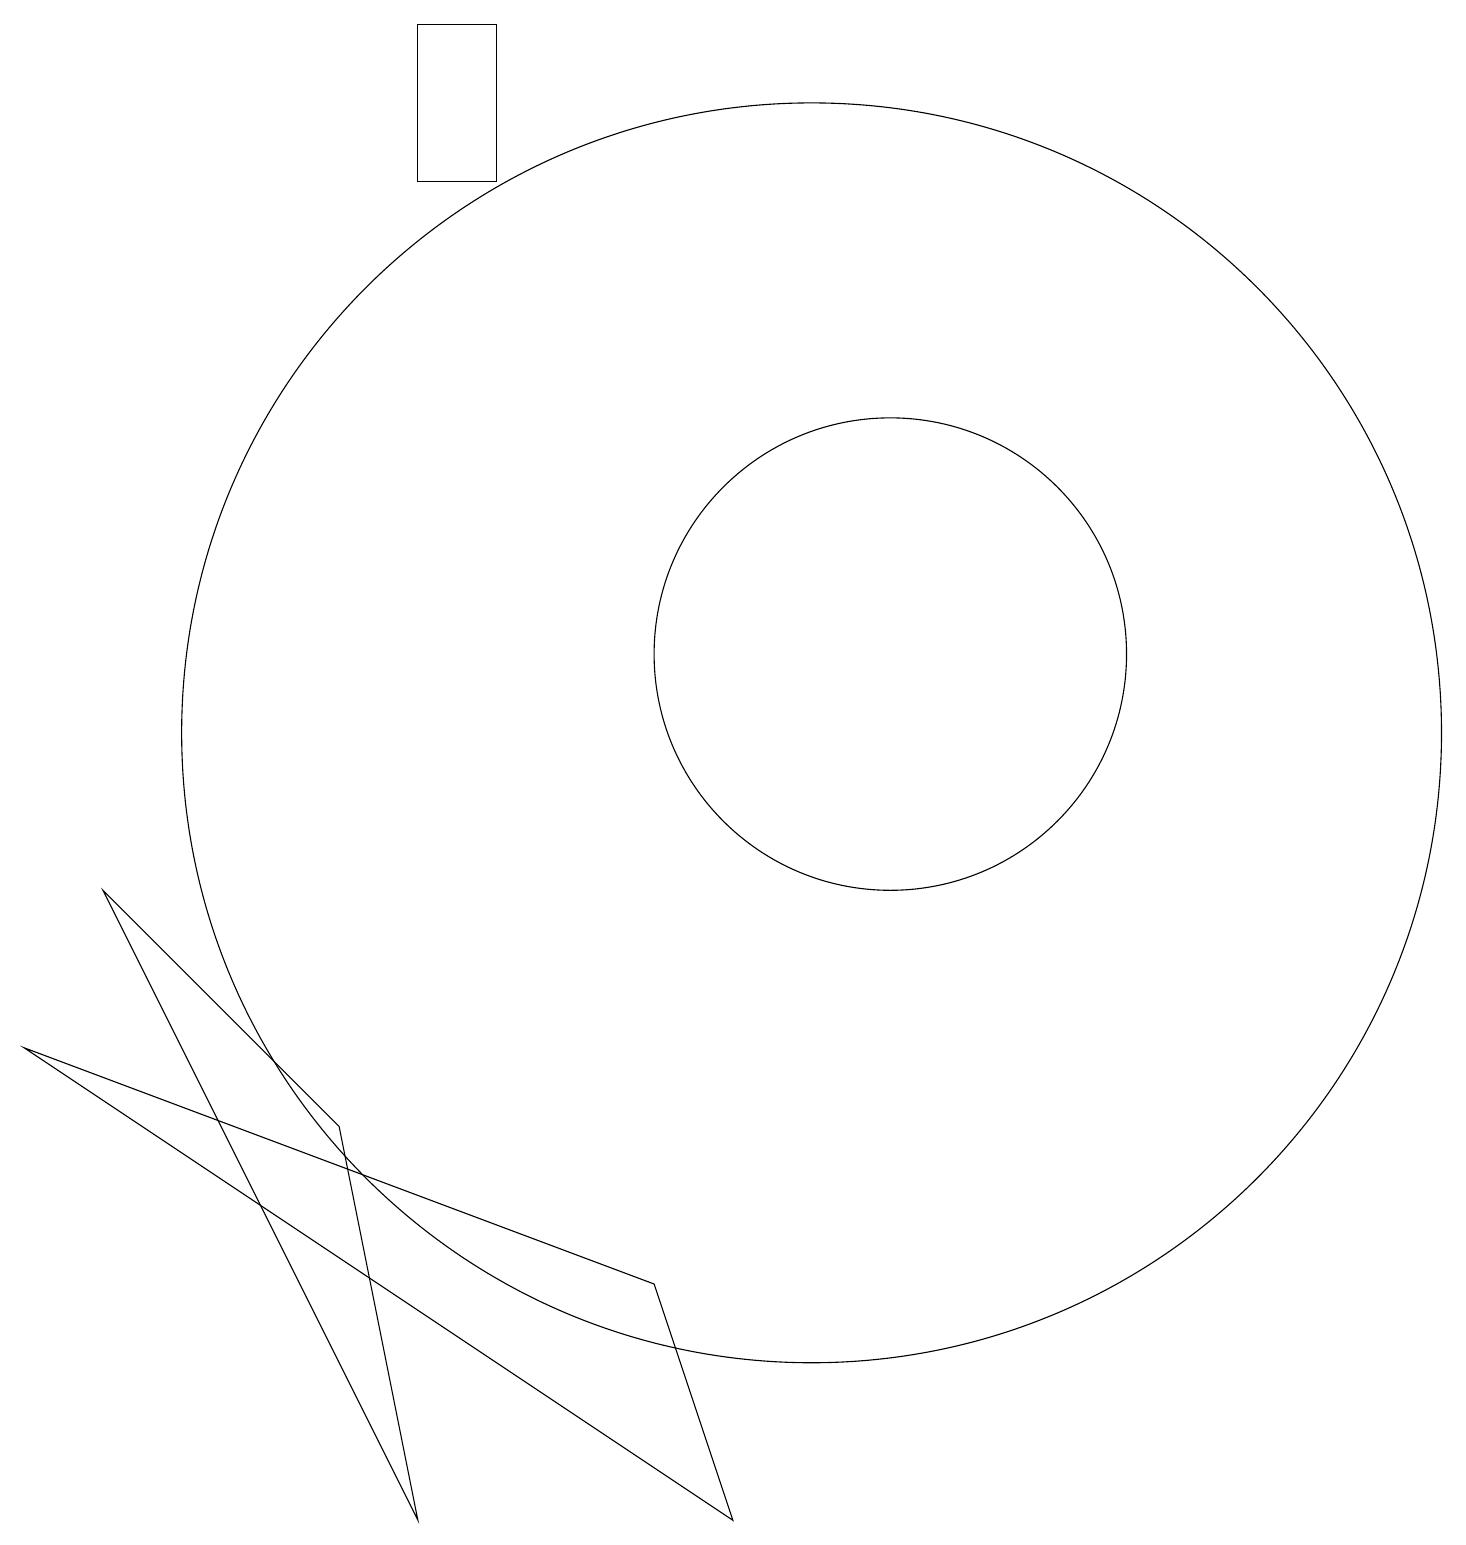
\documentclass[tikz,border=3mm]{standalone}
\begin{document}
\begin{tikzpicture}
\draw (5,19) rectangle (6,17);
\draw (9,0) -- (0,6) -- (8,3) -- cycle;
\draw (11,11) circle (3);
\draw (4,5) -- (1,8) -- (5,0) -- cycle;
\draw (10,10) circle (8);
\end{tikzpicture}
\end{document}